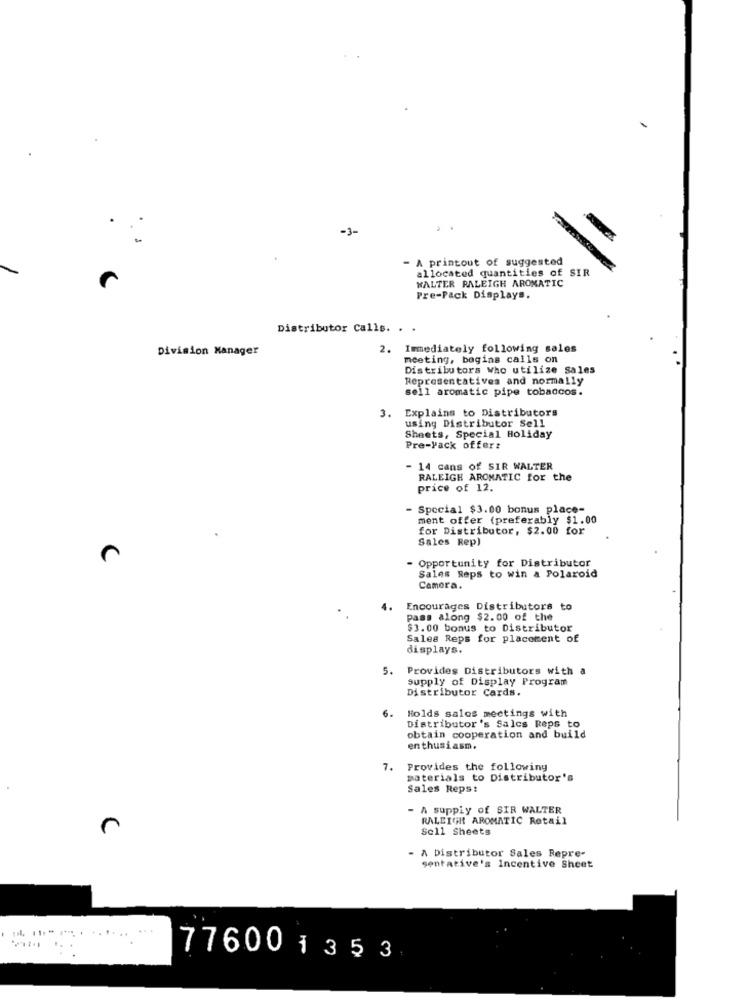
-1-
A printout of suggested
allocated quantities of SIR
WALTER RALEIGH AROMATIC
Pre-Pack Displays.
Distributor Calls. . .
Division Manager
2. Immediately following sales
meeting, begins calls on
Distributors Who utilize Sales
Representatives and normally
sell aromatic pipe tobaccos.
3. Explains to Distributors
using Distributor Sell
Sheets, Special Holiday
Pre-yack offerz
- 14 cans of SIR WALTER
RALEIGH AROMATIC for the
price of 12.
- Special $3.00 bonus place-
ment offer (preferably $1.00
for Distributor, $2.00 for
Sales Rep)
C
- Opportunity for Distributor
Sales Reps to win a Polaroid
Camera.
Encourages Distributors to
Pass along $2.00 of the
$3.00 bonus to Distributor
Sales Reps for placement of
displays.
5.
Provides Distributors with a
Supply of Display Program
Distributor Cards.
6.
Holds salos meetings with
Distributor's Salcs Reps to
obtain cooperation and build
enthusiasm.
7.
Provides the following
materials to Distributor's
Sales Reps:
- A supply of SIR WALTER
RALEIGH AROMATIC Retail
Sell Sheets
A Distributor Sales Repre-
sentative's Incentive Sheet
.. .
776001353